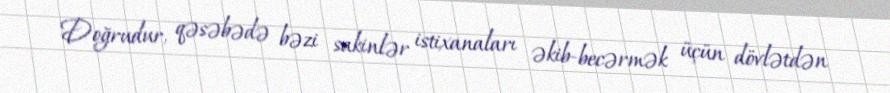
Doğrudur, qəsəbədə bəzi sakinlər istixanaları əkib-becərmək üçün dövlətdən